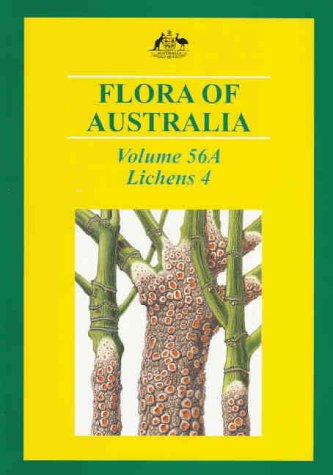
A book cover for Flora of Australia (Flora of Australia Series); Australian Biological Resources Study; Science & Math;